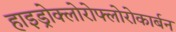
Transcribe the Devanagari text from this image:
हाइड्रोक्लोरोफ्लोरोकार्बन